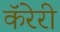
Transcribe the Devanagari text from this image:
कॅरेरी